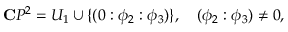
{ \bf C } P ^ { 2 } = U _ { 1 } \cup \{ ( 0 : \phi _ { 2 } : \phi _ { 3 } ) \} , \quad ( \phi _ { 2 } : \phi _ { 3 } ) \not = 0 ,